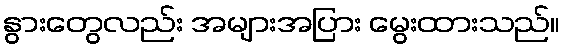
နွားတွေလည်း အများအပြား မွေးထားသည်။